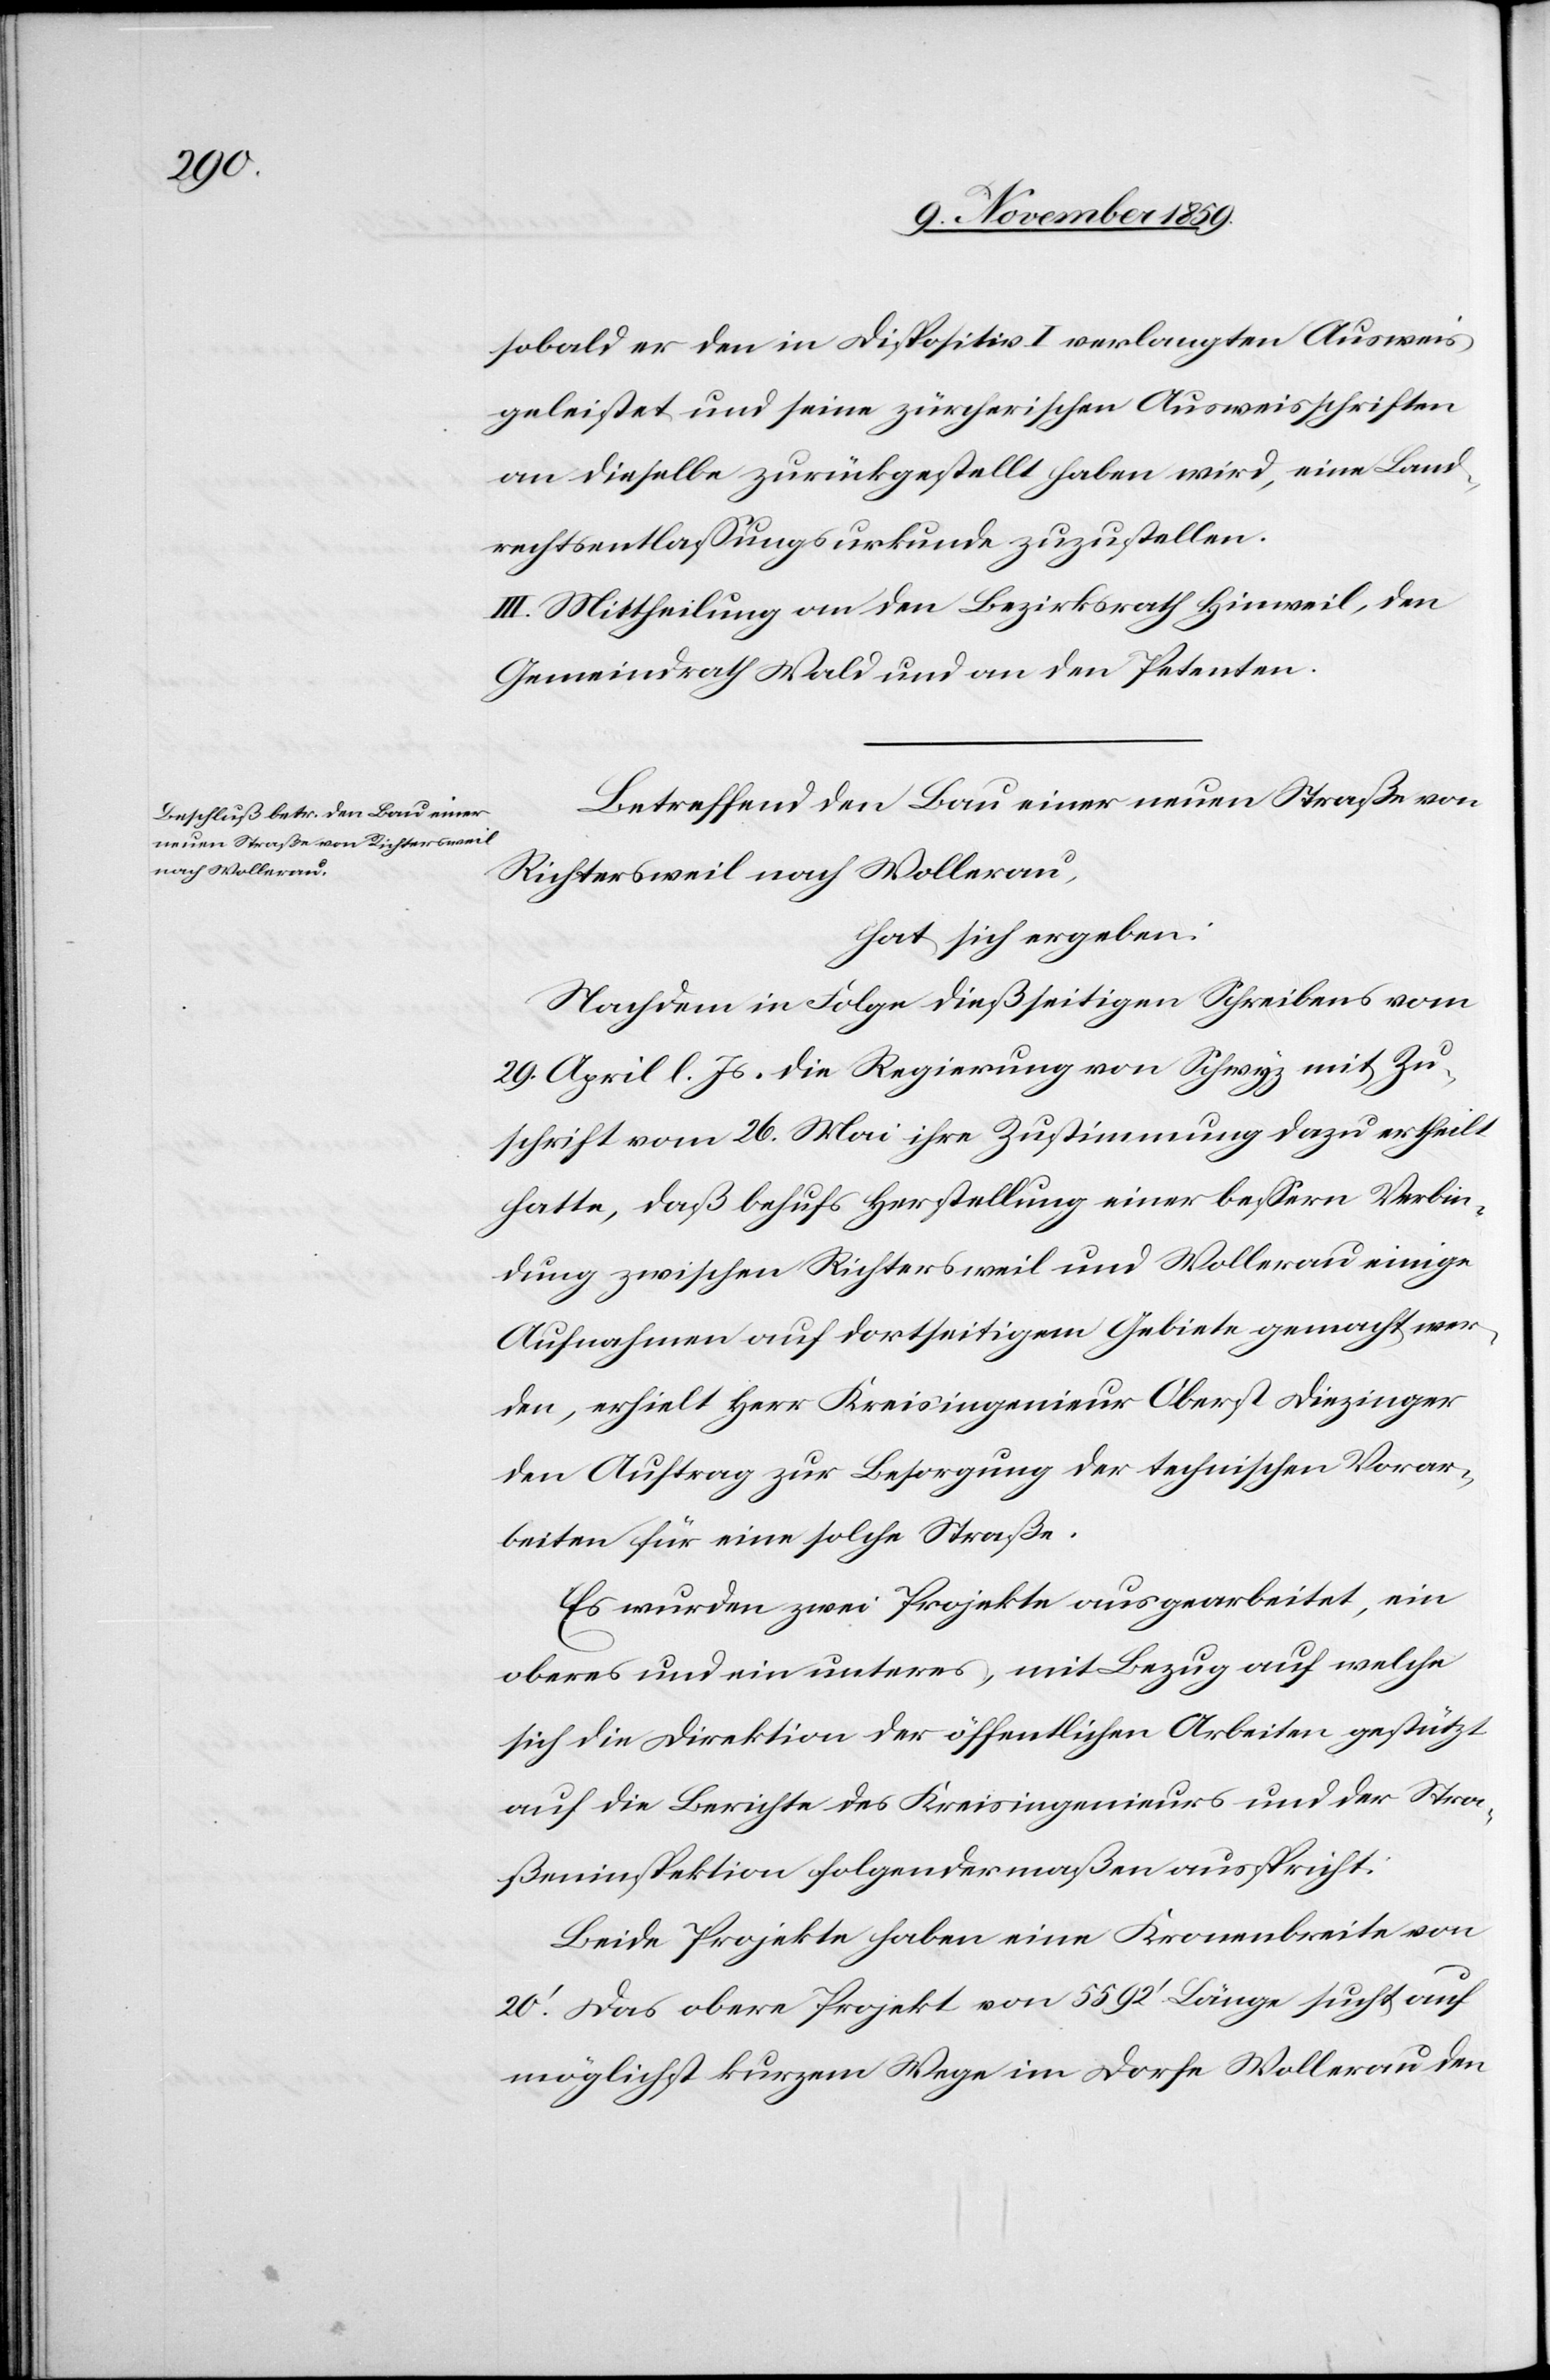
sobald er den in Dispositiv I verlangten Ausweis
geleistet und seine zürcherischen Ausweisschriften
an dieselbe zurückgestellt haben wird, eine Land¬
rechtsentlassungsurkunde zuzustellen.
III. Mittheilung an die Bezirksrath Hinweil, den
Gemeindrath Wald und an den Petenten.
Betreffend den Bau einer neuen Straße von
Richtersweil nach Wollerau,
hat sich ergeben:
Nachdem in Folge dießseitigen Schreibens vom
29. April l. Js. die Regierung von Schwyz mit Zu¬
schrift vom 26. Mai ihre Zustimmung dazu ertheilt
hatte, daß behufs Herstellung einer bessern Verbin¬
dung zwischen Richtersweil und Wollerau einige
Aufnahmen auf dortseitigem Gebiete gemacht wer¬
den, ertheilt Herr Kreisingenieur Oberst Diezinger
den Auftrag zur Besorgung der technischen Vorar¬
beiten für eine solche Straße.
Es wurden zwei Projekte ausgearbeitet, ein
oberes und ein unteres, mit Bezug auf welche
sich die Direktion der öffentlichen Arbeiten gestützt
auf die Berichte des Kreisingenieurs und der Stra¬
ßeninspektion folgendermaßen ausspricht:
Beide Projekte haben eine Kronenbreite von
20’. Das obere Projekt von 5592’ Länge sucht auf
möglichst kurzem Wege im Dorfe Wollerau den